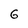
Character: G